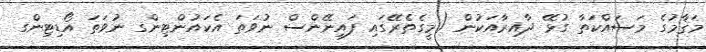
މަޤާމުގެ މަސައްކަތާ ގުޅޭ ދާއިރާއަކުން (މީގެތެރޭގައި ފައިނޭންސް ނުވަތަ އެކައުންޓިންގ ނުވަތަ އޯޑިޓިންގ